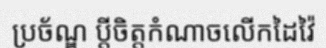
ប្រច័ណ្ឌ ប្តីចិត្តកំណាចលើកដៃវ៉ៃ